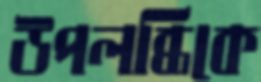
উপলব্ধিকে